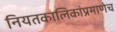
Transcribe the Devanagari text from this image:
नियतकालिकांप्रमाणेच